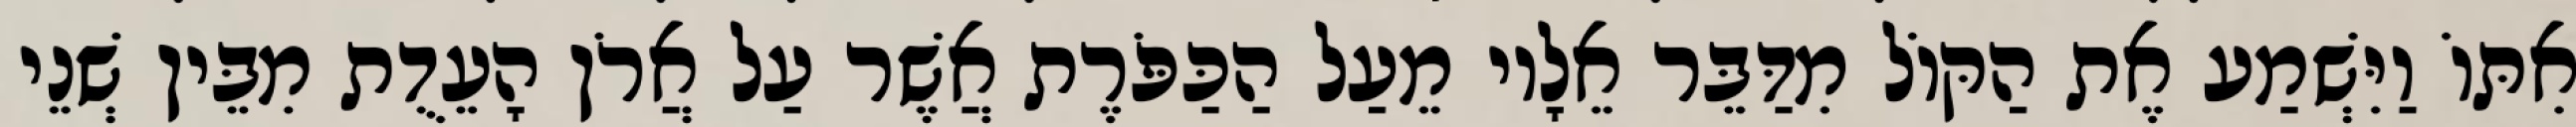
אִתּוֹ וַיִּשְׁמַע אֶת הַקּוֹל מִדַּבֵּר אֵלָיו מֵעַל הַכַּפֹּרֶת אֲשֶׁר עַל אֲרֹן הָעֵדֻת מִבֵּין שְׁנֵי